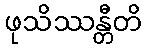
ဖုသိဿန္တီတိ